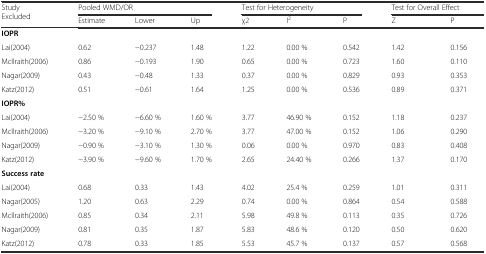
<table><thead><tr><td rowspan="2"><b>Study Excluded</b></td><td colspan="3"><b>Pooled WMD/OR</b></td><td colspan="3"><b>Test for Heterogeneity</b></td><td colspan="2"><b>Test for Overall Effect</b></td></tr><tr><td><b>Estimate</b></td><td><b>Lower</b></td><td><b>Up</b></td><td><b>χ2</b></td><td><b>I<sup>2</sup></b></td><td><b>P</b></td><td><b>Z</b></td><td><b>P</b></td></tr></thead><tbody><tr><td><b>IOPR</b></td><td></td><td></td><td></td><td></td><td></td><td></td><td></td><td></td></tr><tr><td>Lai(2004)</td><td>0.62</td><td>−0.237</td><td>1.48</td><td>1.22</td><td>0.00 %</td><td>0.542</td><td>1.42</td><td>0.156</td></tr><tr><td>McIlraith(2006)</td><td>0.86</td><td>−0.193</td><td>1.90</td><td>0.65</td><td>0.00 %</td><td>0.723</td><td>1.60</td><td>0.110</td></tr><tr><td>Nagar(2009)</td><td>0.43</td><td>−0.48</td><td>1.33</td><td>0.37</td><td>0.00 %</td><td>0.829</td><td>0.93</td><td>0.353</td></tr><tr><td>Katz(2012)</td><td>0.51</td><td>−0.61</td><td>1.64</td><td>1.25</td><td>0.00 %</td><td>0.536</td><td>0.89</td><td>0.371</td></tr><tr><td><b>IOPR%</b></td><td></td><td></td><td></td><td></td><td></td><td></td><td></td><td></td></tr><tr><td>Lai(2004)</td><td>−2.50 %</td><td>−6.60 %</td><td>1.60 %</td><td>3.77</td><td>46.90 %</td><td>0.152</td><td>1.18</td><td>0.237</td></tr><tr><td>McIlraith(2006)</td><td>−3.20 %</td><td>−9.10 %</td><td>2.70 %</td><td>3.77</td><td>47.00 %</td><td>0.152</td><td>1.06</td><td>0.290</td></tr><tr><td>Nagar(2009)</td><td>−0.90 %</td><td>−3.10 %</td><td>1.30 %</td><td>0.06</td><td>0.00 %</td><td>0.970</td><td>0.83</td><td>0.408</td></tr><tr><td>Katz(2012)</td><td>−3.90 %</td><td>−9.60 %</td><td>1.70 %</td><td>2.65</td><td>24.40 %</td><td>0.266</td><td>1.37</td><td>0.170</td></tr><tr><td><b>Success rate</b></td><td></td><td></td><td></td><td></td><td></td><td></td><td></td><td></td></tr><tr><td>Lai(2004)</td><td>0.68</td><td>0.33</td><td>1.43</td><td>4.02</td><td>25.4 %</td><td>0.259</td><td>1.01</td><td>0.311</td></tr><tr><td>Nagar(2005)</td><td>1.20</td><td>0.63</td><td>2.29</td><td>0.74</td><td>0.00 %</td><td>0.864</td><td>0.54</td><td>0.588</td></tr><tr><td>McIlraith(2006)</td><td>0.85</td><td>0.34</td><td>2.11</td><td>5.98</td><td>49.8 %</td><td>0.113</td><td>0.35</td><td>0.726</td></tr><tr><td>Nagar(2009)</td><td>0.81</td><td>0.35</td><td>1.87</td><td>5.83</td><td>48.6 %</td><td>0.120</td><td>0.50</td><td>0.620</td></tr><tr><td>Katz(2012)</td><td>0.78</td><td>0.33</td><td>1.85</td><td>5.53</td><td>45.7 %</td><td>0.137</td><td>0.57</td><td>0.568</td></tr></tbody></table>